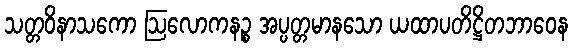
သတ္တဝိနာသကော ဩလောကနဉ္စ အပ္ပတ္တမာနသော ယထာပတိဋ္ဌိတဘာဝေန